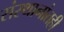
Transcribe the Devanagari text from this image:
संस्थानांतही